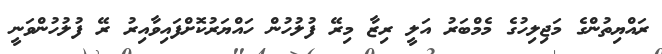
ރައްޔިތުންގެ މަޖިލިހުގެ މެމްބަރު އަލީ ރިޒާ މިރޭ ފުލުހުން ހައްޔަރުކޮށްފައިވާއިރު ރޭ ފުލުހުންވަނީ